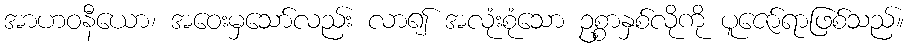
အာဟဝနီယော၊ အဝေးမှသော်လည်း လာ၍ အလုံးစုံသော ဥစ္စာနှစ်လိုကို ပူဇော်ရာဖြစ်သည်။